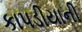
કાપડીયાની